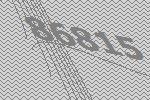
86815